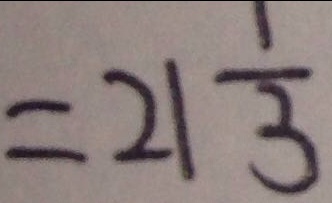
= 2 1 \frac { 1 } { 3 }